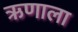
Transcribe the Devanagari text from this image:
ऋणाला